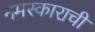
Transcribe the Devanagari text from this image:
नमस्काराची